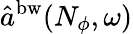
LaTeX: \hat{a}^{\mathrm{bw}}(N_{\phi},\omega)